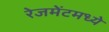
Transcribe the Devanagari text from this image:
रेजमेंटमध्ये